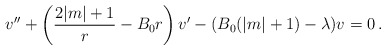
\begin{align*}v''+\left(\frac{2|m|+1}{r}-B_0 r\right)v^{\prime}-(B_0(|m|+1)-\lambda)v=0\,.\end{align*}